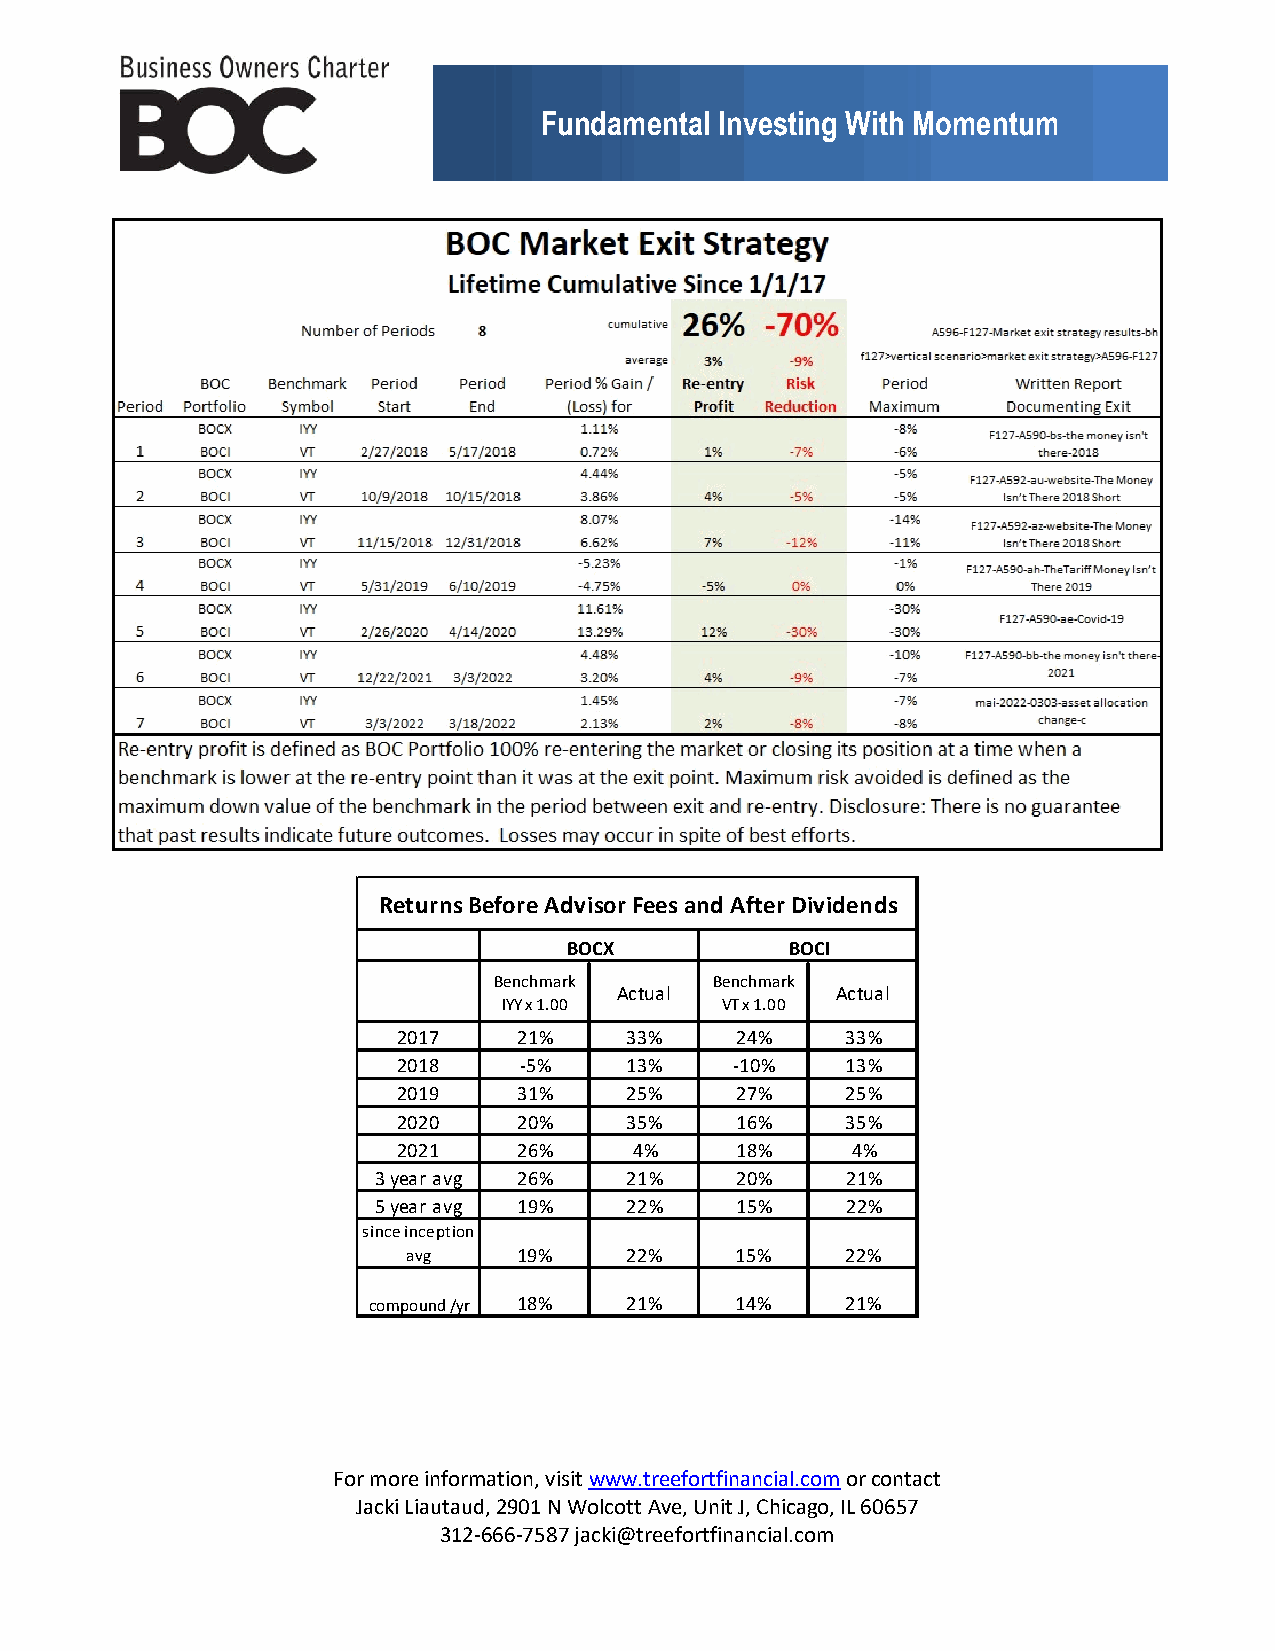
Fundamental Investing With Momentum
 Returns Before Advisor Fees and After Dividends
 BOCX          BOCI
 Benchmark     Benchmark
 Actual        Actual
 IYY x 1.00     VT x 1.00
 2017    21%    33%     24%    33%
 2018    -5%    13%     -10%   13%
 2019    31%    25%     27%    25%
 2020    20%    35%     16%    35%
 2021    26%     4%     18%    4%
 3 year avg 26%  21%     20%    21%
 5 year avg 19%  22%     15%    22%
 since inception
 avg    19%    22%     15%    22%
 compound /yr 18% 21%     14%    21%
 For more information, visit www.treefortfinancial.com or contact
 Jacki Liautaud, 2901 N Wolcott Ave, Unit J, Chicago, IL 60657
 312-666-7587 jacki@treefortfinancial.com